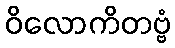
ဝိလောကိတဗ္ဗံ